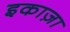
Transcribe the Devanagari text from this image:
इकाज़ा